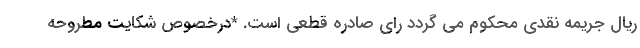
ریال جریمه نقدی محکوم می گردد رای صادره قطعی است. *درخصوص شکایت مطروحه